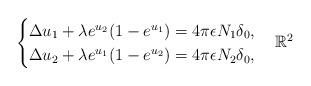
LaTeX: \begin{align*}\begin{cases}\Delta u_1+\lambda e^{u_2}(1-e^{u_1})=4\pi \epsilon N_1\delta_{0},\\\Delta u_2+\lambda e^{u_1}(1-e^{u_2})=\displaystyle 4\pi \epsilon N_2\delta_{0},\end{cases} \mathbb R^2\end{align*}